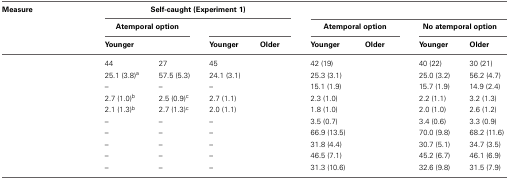
<table><thead><tr><td><b>Measure</b></td><td colspan="4"><b>Self-caught (Experiment 1)</b></td><td colspan="4">[EMPTY_CELL]</td></tr><tr><td>[EMPTY_CELL]</td><td colspan="2"><b>Atemporal option</b></td><td colspan="2">[EMPTY_CELL]</td><td colspan="2"><b>Atemporal option</b></td><td colspan="2"><b>No atemporal option</b></td></tr><tr><td>[EMPTY_CELL]</td><td><b>Younger</b></td><td>[EMPTY_CELL]</td><td><b>Younger</b></td><td><b>Older</b></td><td><b>Younger</b></td><td><b>Older</b></td><td><b>Younger</b></td><td><b>Older</b></td></tr></thead><tbody><tr><td>[EMPTY_CELL]</td><td>44</td><td>27</td><td>45</td><td>[EMPTY_CELL]</td><td>42 (19)</td><td>[EMPTY_CELL]</td><td>40 (22)</td><td>30 (21)</td></tr><tr><td>[EMPTY_CELL]</td><td>25.1 (3.8)<sup>a</sup></td><td>57.5 (5.3)</td><td>24.1 (3.1)</td><td>[EMPTY_CELL]</td><td>25.3 (3.1)</td><td>[EMPTY_CELL]</td><td>25.0 (3.2)</td><td>56.2 (4.7)</td></tr><tr><td>[EMPTY_CELL]</td><td>–</td><td>–</td><td>–</td><td>[EMPTY_CELL]</td><td>15.1 (1.9)</td><td>[EMPTY_CELL]</td><td>15.7 (1.9)</td><td>14.9 (2.4)</td></tr><tr><td>[EMPTY_CELL]</td><td>2.7 (1.0)<sup>b</sup></td><td>2.5 (0.9)<sup>c</sup></td><td>2.7 (1.1)</td><td>[EMPTY_CELL]</td><td>2.3 (1.0)</td><td>[EMPTY_CELL]</td><td>2.2 (1.1)</td><td>3.2 (1.3)</td></tr><tr><td>[EMPTY_CELL]</td><td>2.1 (1.3)<sup>b</sup></td><td>2.7 (1.3)<sup>c</sup></td><td>2.0 (1.1)</td><td>[EMPTY_CELL]</td><td>1.8 (1.0)</td><td>[EMPTY_CELL]</td><td>2.0 (1.0)</td><td>2.6 (1.2)</td></tr><tr><td>[EMPTY_CELL]</td><td>–</td><td>–</td><td>–</td><td>[EMPTY_CELL]</td><td>3.5 (0.7)</td><td>[EMPTY_CELL]</td><td>3.4 (0.6)</td><td>3.3 (0.9)</td></tr><tr><td>[EMPTY_CELL]</td><td>–</td><td>–</td><td>–</td><td>[EMPTY_CELL]</td><td>66.9 (13.5)</td><td>[EMPTY_CELL]</td><td>70.0 (9.8)</td><td>68.2 (11.6)</td></tr><tr><td>[EMPTY_CELL]</td><td>–</td><td>–</td><td>–</td><td>[EMPTY_CELL]</td><td>31.8 (4.4)</td><td>[EMPTY_CELL]</td><td>30.7 (5.1)</td><td>34.7 (3.5)</td></tr><tr><td>[EMPTY_CELL]</td><td>–</td><td>–</td><td>–</td><td>[EMPTY_CELL]</td><td>46.5 (7.1)</td><td>[EMPTY_CELL]</td><td>45.2 (6.7)</td><td>46.1 (6.9)</td></tr><tr><td>[EMPTY_CELL]</td><td>–</td><td>–</td><td>–</td><td>[EMPTY_CELL]</td><td>31.3 (10.6)</td><td>[EMPTY_CELL]</td><td>32.6 (9.8)</td><td>31.5 (7.9)</td></tr></tbody></table>